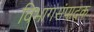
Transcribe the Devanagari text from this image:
विभागसंपादक